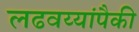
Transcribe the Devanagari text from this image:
लढवय्यांपैकी